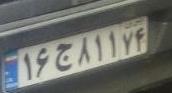
۱۶ج۸۱۱۷۴